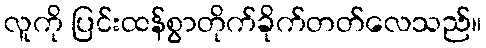
လူကို ပြင်းထန်စွာတိုက်ခိုက်တတ်လေသည်။